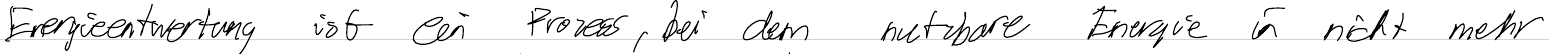
Energieentwertung ist ein Prozess, bei dem nutzbare Energie in nicht mehr